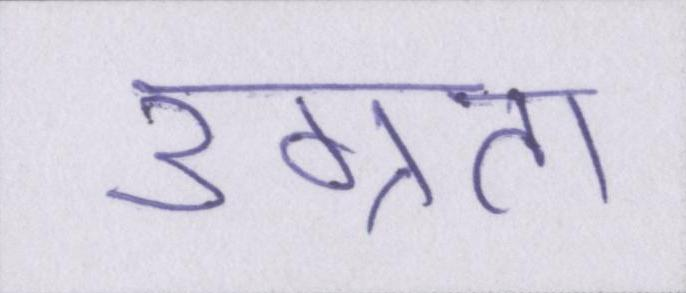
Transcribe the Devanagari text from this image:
उग्रता